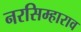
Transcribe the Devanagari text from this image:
नरसिम्हाराव